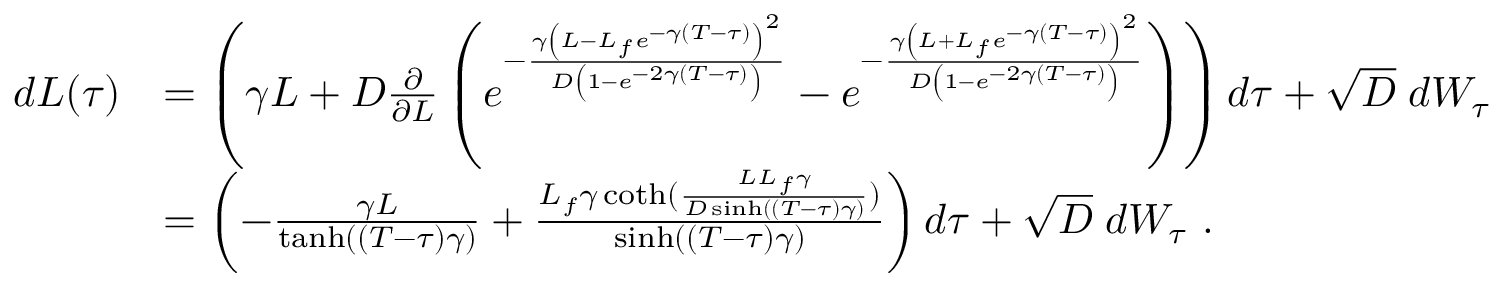
\begin{array} { r l } { d L ( \tau ) } & { = \left( \gamma L + D \frac { \partial } { \partial L } \left( e ^ { - \frac { \gamma \left( L - L _ { f } e ^ { - \gamma ( T - \tau ) } \right) ^ { 2 } } { D \left( 1 - e ^ { - 2 \gamma ( T - \tau ) } \right) } } - e ^ { - \frac { \gamma \left( L + L _ { f } e ^ { - \gamma ( T - \tau ) } \right) ^ { 2 } } { D \left( 1 - e ^ { - 2 \gamma ( T - \tau ) } \right) } } \right) \right) d \tau + \sqrt { D } \; d W _ { \tau } } \\ & { = \left( - \frac { \gamma L } { \operatorname { t a n h } ( ( T - \tau ) \gamma ) } + \frac { L _ { f } \gamma \coth ( \frac { L L _ { f } \gamma } { D \sinh ( ( T - \tau ) \gamma ) } ) } { \sinh ( ( T - \tau ) \gamma ) } \right) d \tau + \sqrt { D } \; d W _ { \tau } \ . } \end{array}